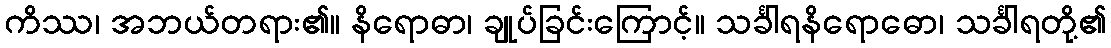
ကိဿ၊ အဘယ်တရား၏။ နိရောဓာ၊ ချုပ်ခြင်းကြောင့်။ သင်္ခါရနိရောဓော၊ သင်္ခါရတို့၏